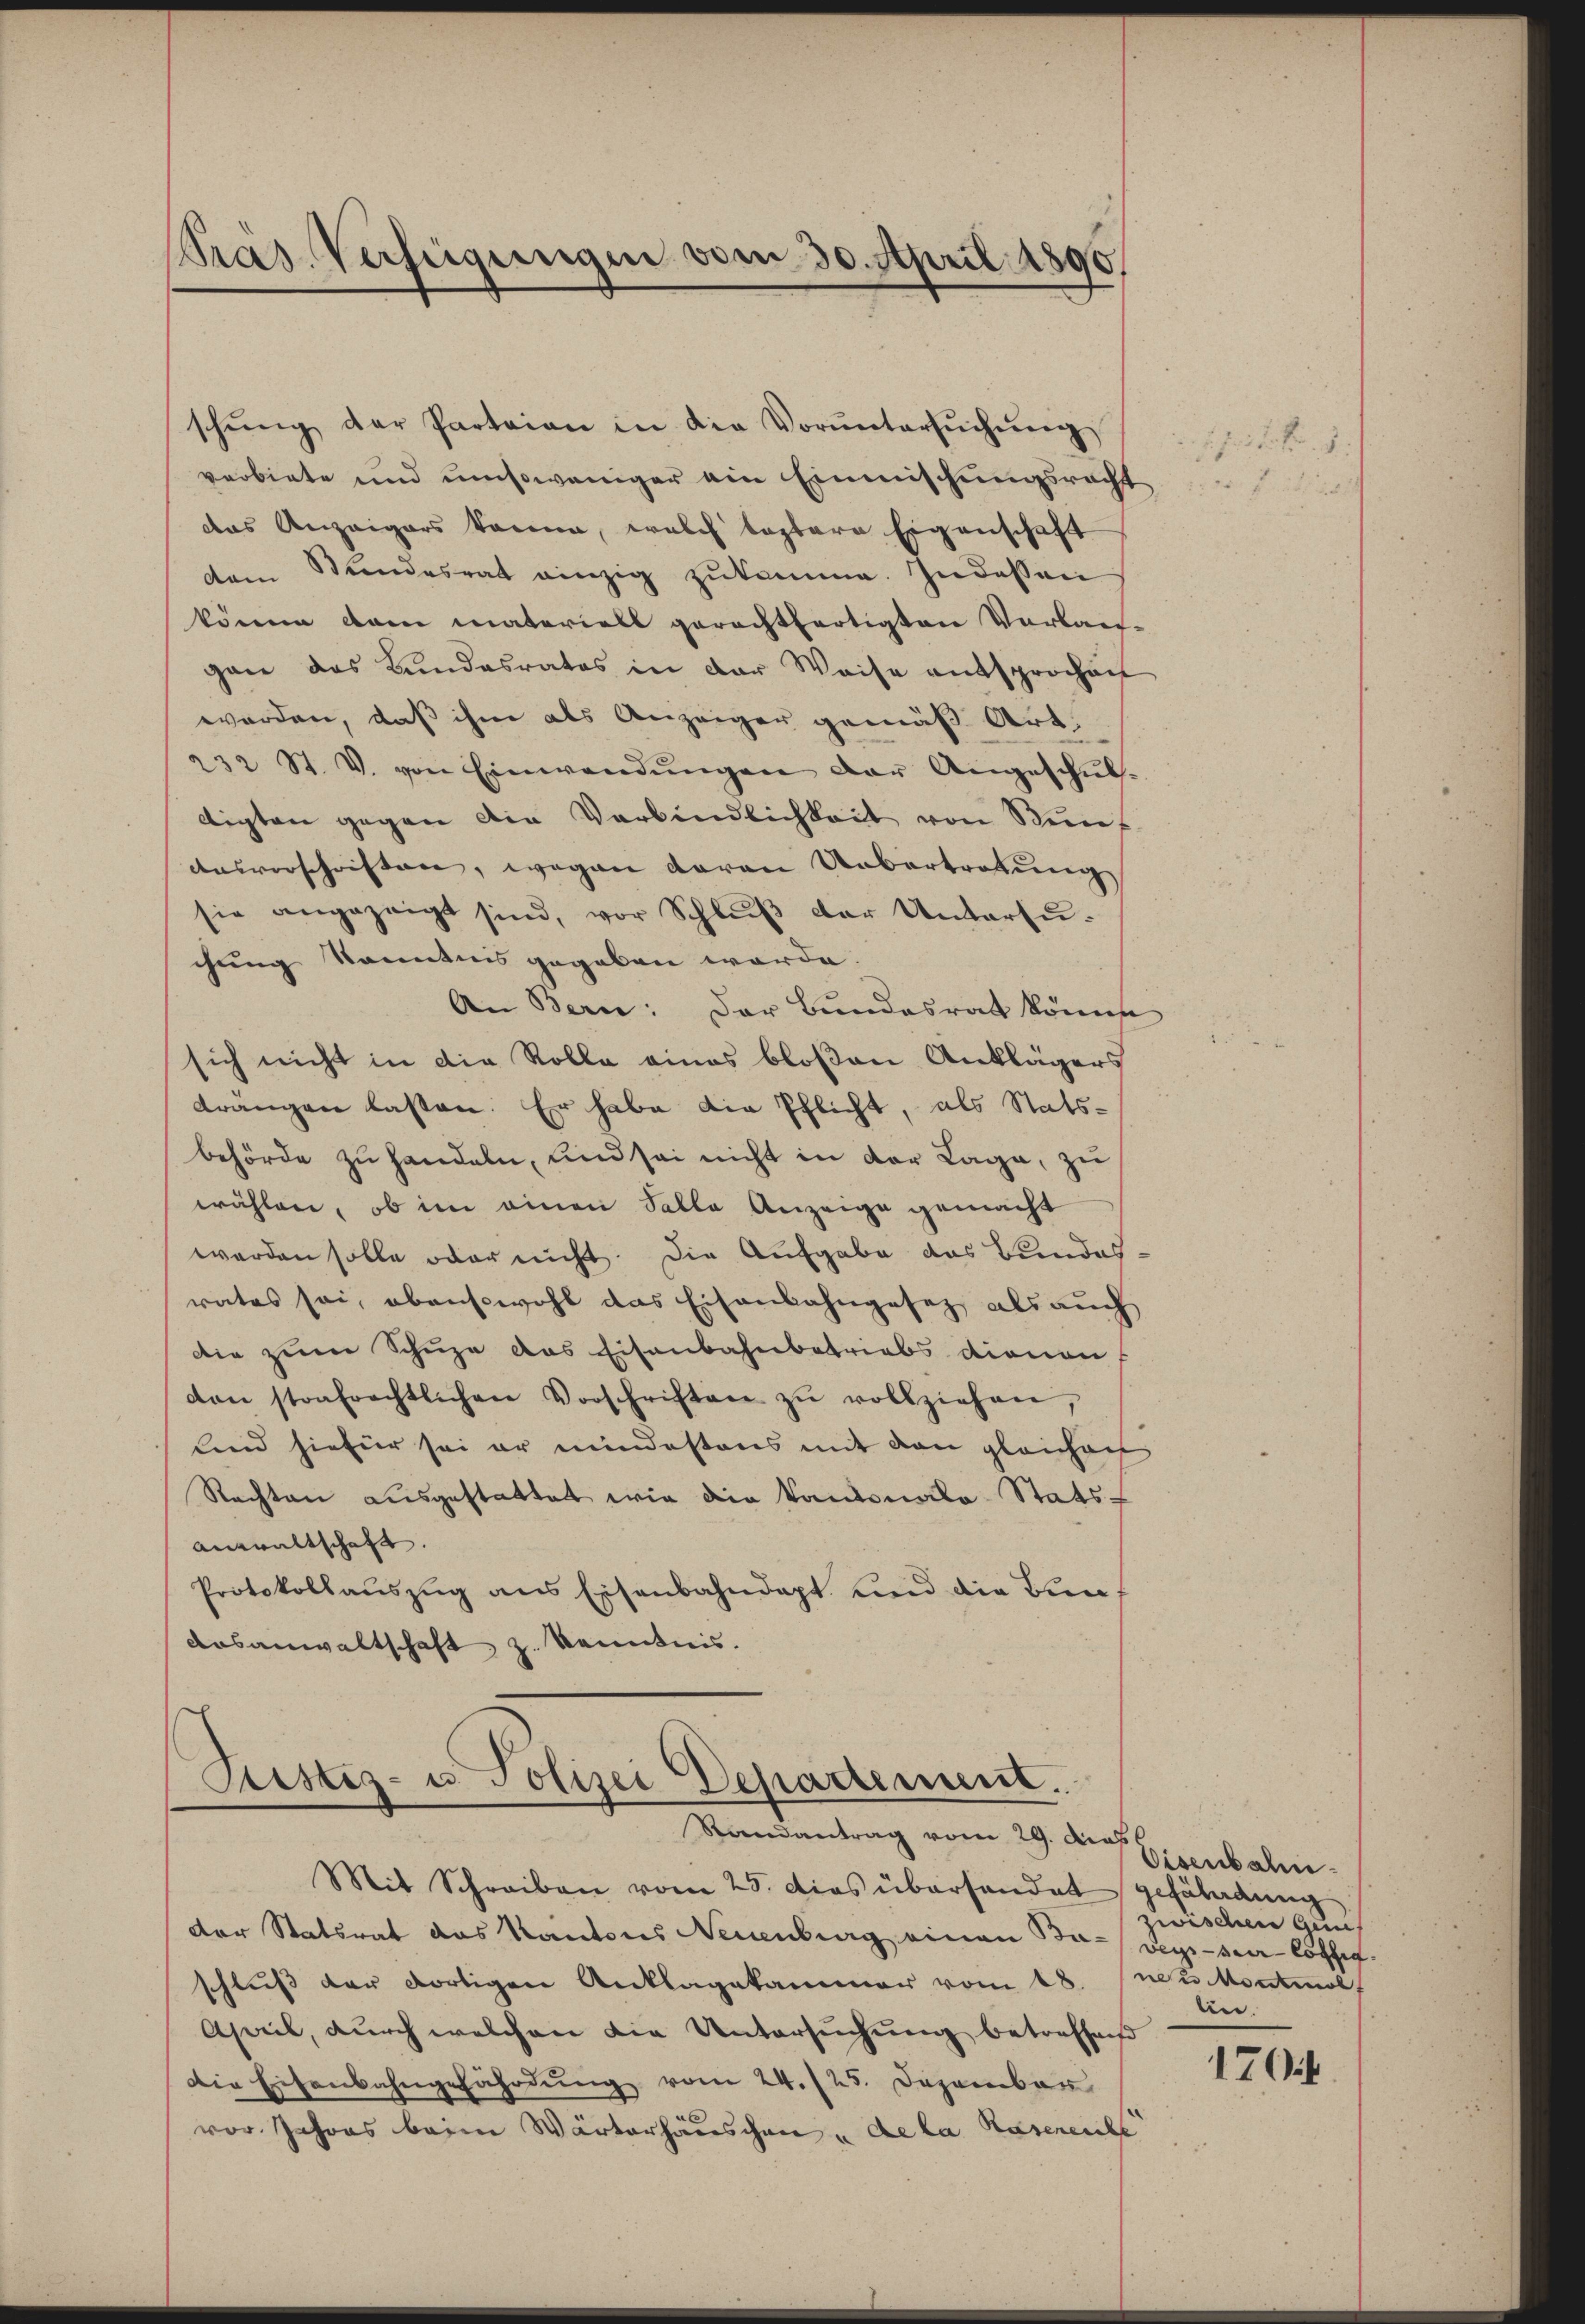
Präs. Verfügungen vom 30. April 1890

schŭng der Parteien in die Vorŭntersŭchŭng
verbiete und umsoweniger ein Einmischungsrecht
das Anzeigers könne, welch leztere Eigenschaft
dem Stŭndesrat einzig zŭkomme. In dessen
könne dann materiell gerechtfertigten Verbau-
gane das Bundesrates in der Weise entsprochent
werden, daß ihm als Anzeiger gemäß Art.
232 St. V. von Einwendŭngen der Angeschŭl-
digten gegen die Verbindlichkeit von Senf
ausvorschriften, wegen daran Uebertretung
sie angezeigt sind, vor Schlŭβ der Unterzŭ-
chung Kenntnis gegeben werde.
An Bern: Der Bundesrat könne
sich nicht in die Rolle eines bloßen Anklägers
drängen lasten. Er habe die Pflicht, als Stats-
behörde zu handeln, und sei nicht in der Lage, zu
wählen, ob im einen Falle Anzeige gemacht
werden solle oder nicht. Die Aufgabe das Bundesrates sei, obensowohl das Eisenbahngesetz als auch
die zum Schuze das Eisenbahnbetriebs dienen
den strafrechtlichen Vorschriften zŭ vollziehen,
lind hiefür sei er mindestens mit den gleichen
Rechten ausgestattet wie die Kantonale Stats-
Anwaltschaft.
Protokollauszug aus Eisenbahndapt und die Zunf
Aasanwaltschaft z. Kenntnis.

Justiz- u. Polizei Departement.
Randantrag vom 29. Mas

Mit Schreiben vom 25. dies überhandet gefährdung
der Statsrat das Kantons Neuenburg einen Ba-vege-ver löffe
schlŭβ der dortigen Anklagekammer vom 18. No 2 Montmol
April, durch welchen die Untersuchung betreffend
Die Eisenbahngefährdung vom 24./25. Dezember
vor Jahres beim Wärterhäuschen u de la Rasenense

. . .

Eisenbahn
zwischen Guns
lie.
1704.